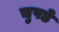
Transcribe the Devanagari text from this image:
चुपडे